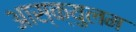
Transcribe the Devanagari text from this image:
आस्क्युलम